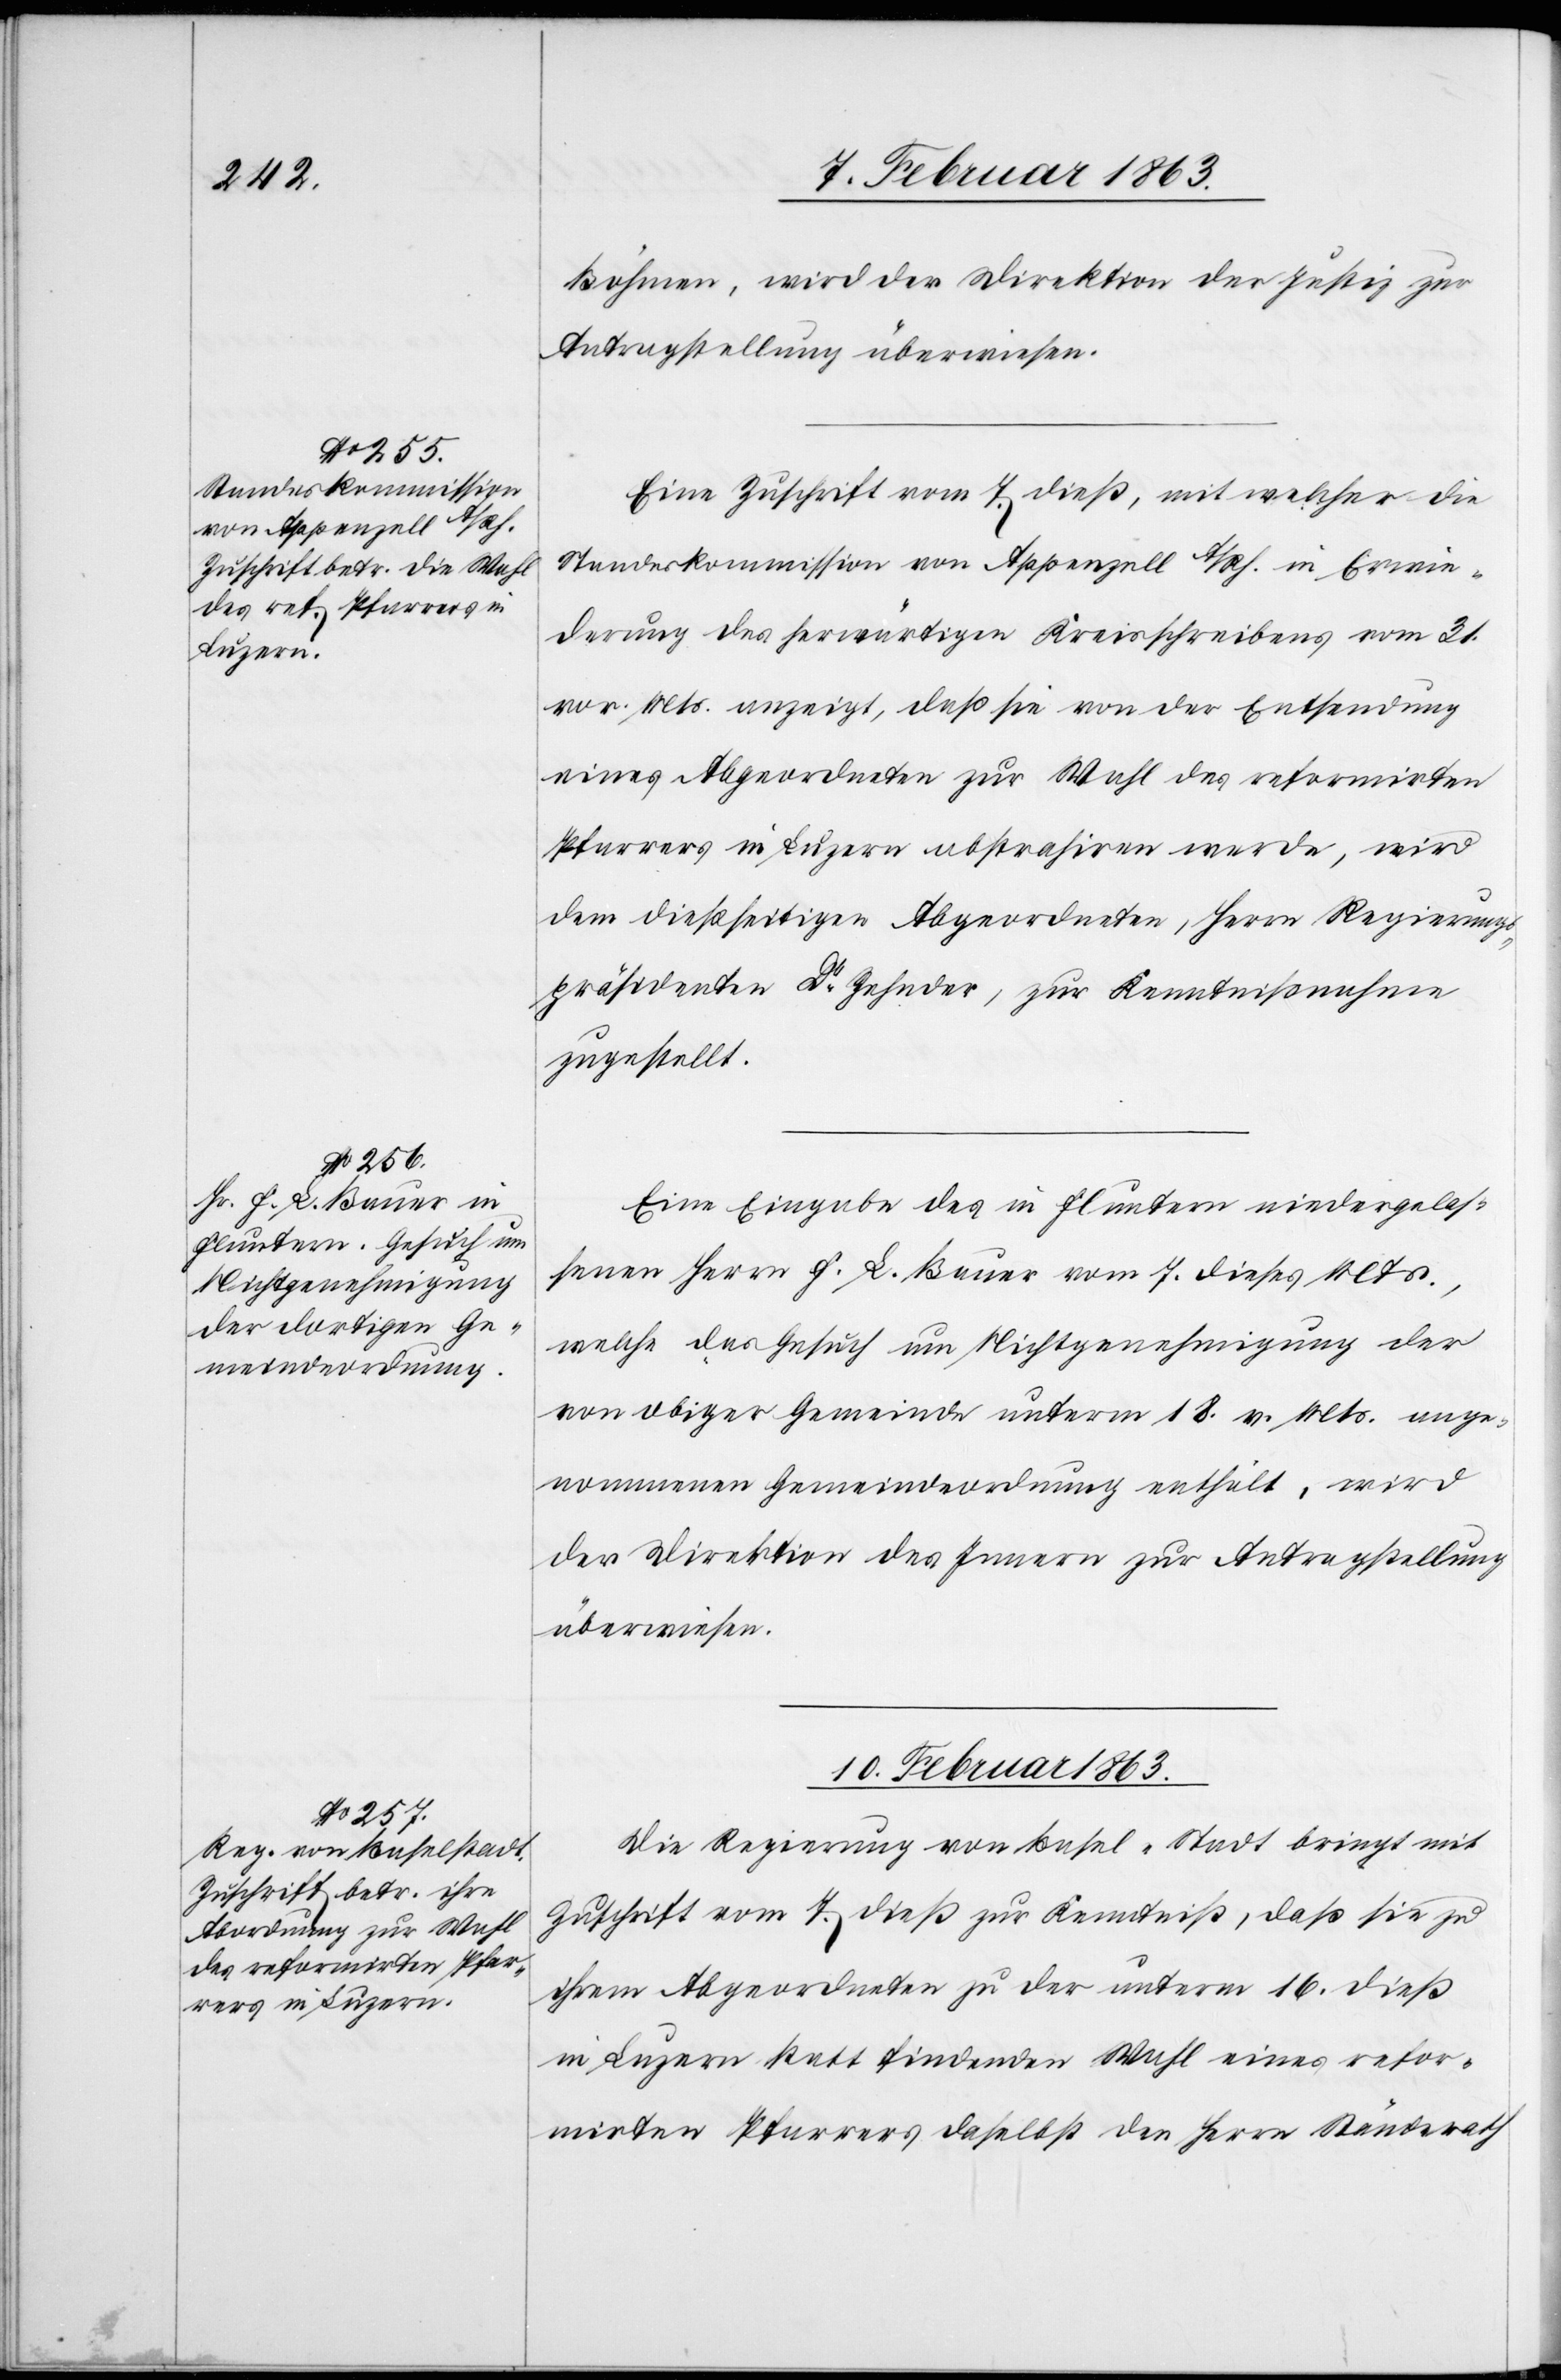
9. Februar 1863.]
Böhmen, wird der Direktion der Justiz zur
Antragstellung überwiesen.
Eine Zuschrift vom 7. dieß, mit welcher die
Standeskommission von Appenzell A/Rh. in Erwie¬
derung des herwärtigen Kreisschreibens vom 31.
vor. Mts. anzeigt, daß sie von der Entsendung
eines Abgeordneten zur Wahl des reformirten
Pfarrers in Luzern abstrahiren werde, wird
dem dießseitigen Abgeordneten, Herrn Regierungs¬
präsidenten Dr Zehnder, zur Kenntnißnahme
zugestellt.
Eine Eingabe des in Fluntern niedergelas¬
senen Herrn F. L. Bauer vom 7. dieses Mts.,
welche das Gesuch um Nichtgenehmigung der
von obiger Gemeinde unterm 18. v. Mts. ange¬
nommenen Gemeindeordnung enthält, wird
der Direktion des Innern zur Antragstellung
überwiesen.
10. Februar 1863.
Die Regierung von Basel-Stadt bringt mit
Zuschrift vom 7. dieß zur Kenntniß, daß sie zu
ihrem Abgeordneten zu der unterm 16. dieß
in Luzern statt findenden Wahl eines refor¬
mirten Pfarrers daselbst den Herrn Ständerath